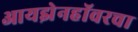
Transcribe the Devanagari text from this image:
आयझेनहॉवरचा